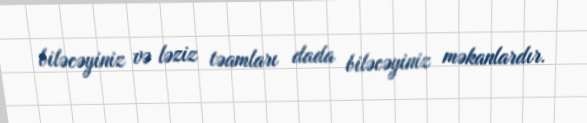
biləcəyiniz və ləziz təamları dada biləcəyiniz məkanlardır.